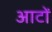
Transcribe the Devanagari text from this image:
आटों